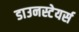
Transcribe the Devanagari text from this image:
डाउनस्टेयर्स